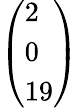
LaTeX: \left(\begin{array}{l}{2}\\ {0}\\ {19}\end{array}\right)